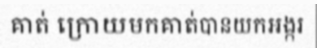
គាត់ ក្រោយមកគាត់បានយកអង្ករ